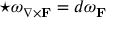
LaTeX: \star \omega _ { \nabla \times \mathbf { F } } = d \omega _ { \mathbf { F } }